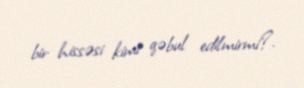
bir hissəsi kimi qəbul edilmirmi?.